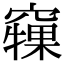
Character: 𥨘